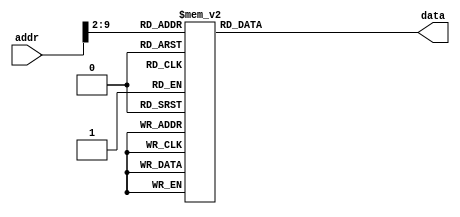
`timescale 1ns/1ns

module ROM (addr,data);
input [31:0] addr;
output [31:0] data;
reg [31:0] data;
localparam ROM_SIZE = 256;
reg [31:0] ROM_DATA[ROM_SIZE-1:0];

always@(*)
	case(addr[9:2])	//Address Must Be Word Aligned.
8'd0: data <= 32'h03e00008 ;
8'd1: data <= 32'h08100041 ;
8'd2: data <= 32'h03400008 ;
8'd3: data <= 32'h3c114000 ;
8'd4: data <= 32'h3c104000 ;
8'd5: data <= 32'h22100018 ;
8'd6: data <= 32'h8e090008 ;
8'd7: data <= 32'h31290001 ;
8'd8: data <= 32'h1120fffd ;
8'd9: data <= 32'h8e040004 ;
8'd10: data <= 32'h8e090008 ;
8'd11: data <= 32'h31290002 ;
8'd12: data <= 32'h1120fffd ;
8'd13: data <= 32'h8e050004 ;
8'd14: data <= 32'h3088000f ;
8'd15: data <= 32'h21060100 ;
8'd16: data <= 32'h0c10006d ;
8'd17: data <= 32'h00c0a020 ;
8'd18: data <= 32'h00044102 ;
8'd19: data <= 32'h3108000f ;
8'd20: data <= 32'h21060200 ;
8'd21: data <= 32'h0c10006d ;
8'd22: data <= 32'h00c0a820 ;
8'd23: data <= 32'h30a8000f ;
8'd24: data <= 32'h21060400 ;
8'd25: data <= 32'h0c10006d ;
8'd26: data <= 32'h00c0b020 ;
8'd27: data <= 32'h00054102 ;
8'd28: data <= 32'h3108000f ;
8'd29: data <= 32'h21060800 ;
8'd30: data <= 32'h0c10006d ;
8'd31: data <= 32'h00c0b820 ;
8'd32: data <= 32'h0085602a ;
8'd33: data <= 32'h11800003 ;
8'd34: data <= 32'h00a06020 ;
8'd35: data <= 32'h00a46822 ;
8'd36: data <= 32'h08100027 ;
8'd37: data <= 32'h00806020 ;
8'd38: data <= 32'h00856822 ;
8'd39: data <= 32'h11a00009 ;
8'd40: data <= 32'h018d7022 ;
8'd41: data <= 32'h01ae782a ;
8'd42: data <= 32'h11e00003 ;
8'd43: data <= 32'h01c06020 ;
8'd44: data <= 32'h01a06820 ;
8'd45: data <= 32'h08100027 ;
8'd46: data <= 32'h01a06020 ;
8'd47: data <= 32'h01c06820 ;
8'd48: data <= 32'h08100027 ;
8'd49: data <= 32'h01801020 ;
8'd50: data <= 32'hae22000c ;
8'd51: data <= 32'hae020000 ;
8'd52: data <= 32'hae000008 ;
8'd53: data <= 32'h00009020 ;
8'd54: data <= 32'h20130004 ;
8'd55: data <= 32'hae200008 ;
8'd56: data <= 32'h3c08ffff ;
8'd57: data <= 32'h00084383 ;
8'd58: data <= 32'hae280000 ;
8'd59: data <= 32'h3c09ffff ;
8'd60: data <= 32'h00094c03 ;
8'd61: data <= 32'h200a0003 ;
8'd62: data <= 32'hae290004 ;
8'd63: data <= 32'hae2a0008 ;
8'd64: data <= 32'h0c100040 ;
8'd65: data <= 32'h8e2a0008 ;
8'd66: data <= 32'h216a0009 ;
8'd67: data <= 32'h016a6024 ;
8'd68: data <= 32'h23bdfffc ;
8'd69: data <= 32'hae2c0008 ;
8'd70: data <= 32'hafba0000 ;
8'd71: data <= 32'h22520001 ;
8'd72: data <= 32'h16530001 ;
8'd73: data <= 32'h00009020 ;
8'd74: data <= 32'h12400006 ;
8'd75: data <= 32'h20190001 ;
8'd76: data <= 32'h1259000b ;
8'd77: data <= 32'h20190002 ;
8'd78: data <= 32'h12590010 ;
8'd79: data <= 32'h20190003 ;
8'd80: data <= 32'h12590015 ;
8'd81: data <= 32'hae340014 ;
8'd82: data <= 32'h8fba0000 ;
8'd83: data <= 32'h8e2c0008 ;
8'd84: data <= 32'h20180002 ;
8'd85: data <= 32'h23bd0004 ;
8'd86: data <= 32'h01986025 ;
8'd87: data <= 32'h03400008 ;
8'd88: data <= 32'hae350014 ;
8'd89: data <= 32'h8fba0000 ;
8'd90: data <= 32'h8e2c0008 ;
8'd91: data <= 32'h20180002 ;
8'd92: data <= 32'h23bd0004 ;
8'd93: data <= 32'h01986025 ;
8'd94: data <= 32'h03400008 ;
8'd95: data <= 32'hae360014 ;
8'd96: data <= 32'h8fba0000 ;
8'd97: data <= 32'h8e2c0008 ;
8'd98: data <= 32'h20180002 ;
8'd99: data <= 32'h23bd0004 ;
8'd100: data <= 32'h01986025 ;
8'd101: data <= 32'h03400008 ;
8'd102: data <= 32'hae370014 ;
8'd103: data <= 32'h8fba0000 ;
8'd104: data <= 32'h8e2c0008 ;
8'd105: data <= 32'h20180002 ;
8'd106: data <= 32'h23bd0004 ;
8'd107: data <= 32'h01986025 ;
8'd108: data <= 32'h03400008 ;
8'd109: data <= 32'h30d8000f ;
8'd110: data <= 32'h20190000 ;
8'd111: data <= 32'h1319001e ;
8'd112: data <= 32'h20190001 ;
8'd113: data <= 32'h1319001e ;
8'd114: data <= 32'h20190002 ;
8'd115: data <= 32'h1319001e ;
8'd116: data <= 32'h20190003 ;
8'd117: data <= 32'h1319001e ;
8'd118: data <= 32'h20190004 ;
8'd119: data <= 32'h1319001e ;
8'd120: data <= 32'h20190005 ;
8'd121: data <= 32'h1319001e ;
8'd122: data <= 32'h20190006 ;
8'd123: data <= 32'h1319001e ;
8'd124: data <= 32'h20190007 ;
8'd125: data <= 32'h1319001e ;
8'd126: data <= 32'h20190008 ;
8'd127: data <= 32'h1319001e ;
8'd128: data <= 32'h20190009 ;
8'd129: data <= 32'h1319001e ;
8'd130: data <= 32'h2019000a ;
8'd131: data <= 32'h1319001e ;
8'd132: data <= 32'h2019000b ;
8'd133: data <= 32'h1319001e ;
8'd134: data <= 32'h2019000c ;
8'd135: data <= 32'h1319001e ;
8'd136: data <= 32'h2019000d ;
8'd137: data <= 32'h1319001e ;
8'd138: data <= 32'h2019000e ;
8'd139: data <= 32'h1319001e ;
8'd140: data <= 32'h2019000f ;
8'd141: data <= 32'h1319001e ;
8'd142: data <= 32'h20c60040 ;
8'd143: data <= 32'h03e00008 ;
8'd144: data <= 32'h20c60078 ;
8'd145: data <= 32'h03e00008 ;
8'd146: data <= 32'h20c60022 ;
8'd147: data <= 32'h03e00008 ;
8'd148: data <= 32'h20c6002d ;
8'd149: data <= 32'h03e00008 ;
8'd150: data <= 32'h20c60015 ;
8'd151: data <= 32'h03e00008 ;
8'd152: data <= 32'h20c6000d ;
8'd153: data <= 32'h03e00008 ;
8'd154: data <= 32'h20c6fffc ;
8'd155: data <= 32'h03e00008 ;
8'd156: data <= 32'h20c60071 ;
8'd157: data <= 32'h03e00008 ;
8'd158: data <= 32'h20c6fff8 ;
8'd159: data <= 32'h03e00008 ;
8'd160: data <= 32'h20c60007 ;
8'd161: data <= 32'h03e00008 ;
8'd162: data <= 32'h20c6fffe ;
8'd163: data <= 32'h03e00008 ;
8'd164: data <= 32'h20c6fff8 ;
8'd165: data <= 32'h03e00008 ;
8'd166: data <= 32'h20c6003a ;
8'd167: data <= 32'h03e00008 ;
8'd168: data <= 32'h20c60014 ;
8'd169: data <= 32'h03e00008 ;
8'd170: data <= 32'h20c6fff8 ;
8'd171: data <= 32'h03e00008 ;
8'd172: data <= 32'h20c6ffff ;
8'd173: data <= 32'h03e00008 ;


	  default:	data <= 32'h0800_0000;
	endcase
endmodule